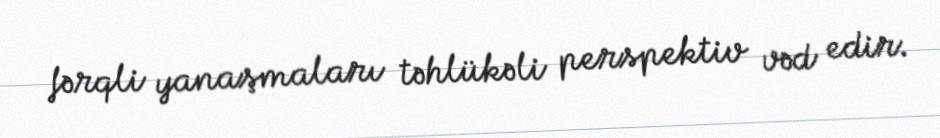
fərqli yanaşmaları təhlükəli perspektiv vəd edir.